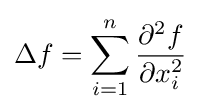
\Delta f=\sum _{i=1}^{n}{\frac {\partial ^{2}f}{\partial x_{i}^{2}}}